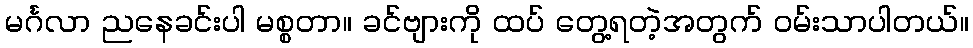
မင်္ဂလာ ညနေခင်းပါ မစ္စတာ။ ခင်ဗျားကို ထပ် တွေ့ရတဲ့အတွက် ဝမ်းသာပါတယ်။